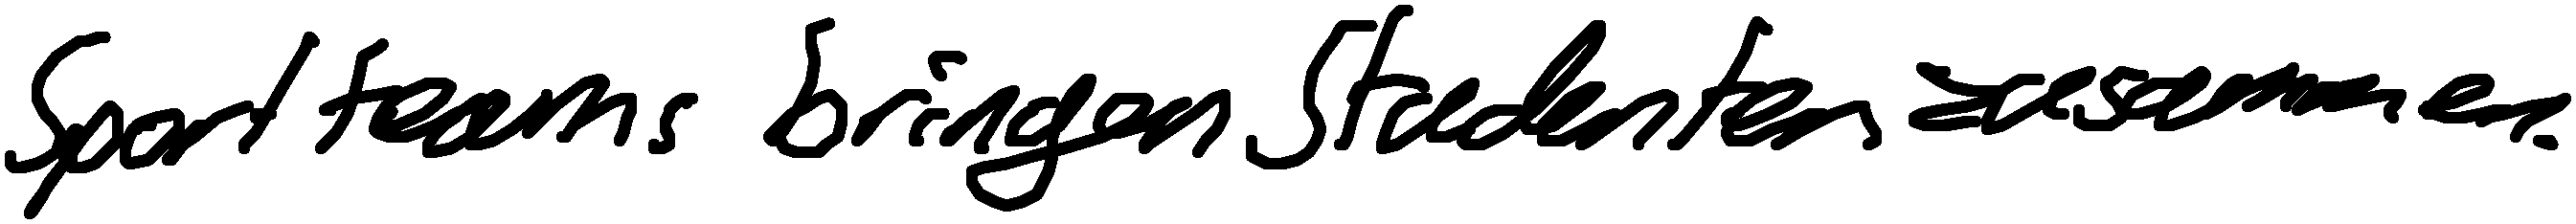
Sportteams bringen Studenten zusammen.